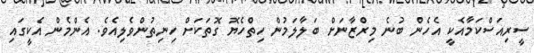
ސީރިއަސްކަމާއެކީ އެހެން ބުނެ މިރްޒާނަށް ބަލާލަމުން ހިތްހެޔޮ ގޮތަކަށް ހިނިތުންވެލިއެވެ. އެންމެން އެކީގައި